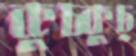
কুচ্কুচ্